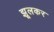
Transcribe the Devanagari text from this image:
झूलकर